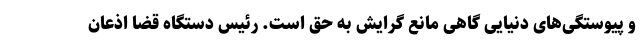
و پیوستگی‌های دنیایی گاهی مانع گرایش به حق است. رئیس دستگاه قضا اذعان